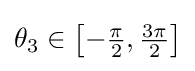
{\textstyle \theta _{3}\in \left[-{\frac {\pi }{2}},{\frac {3\pi }{2}}\right]}